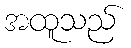
အထူသည်